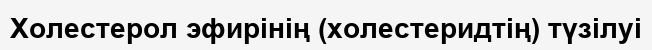
Холестерол эфирінің (холестеридтің) түзілуі